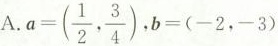
A. $$ a = ( \frac{1}{2} , \frac{3}{4 }$$ , $$b = ( - 2 , - 3 )$$